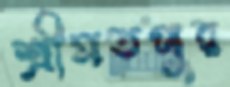
শ্রীমতপুর